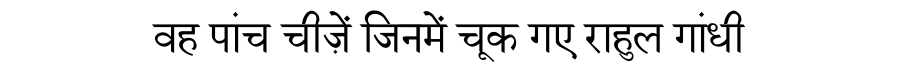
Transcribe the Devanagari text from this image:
वह पांच चीज़ें जिनमें चूक गए राहुल गांधी